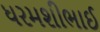
ધરમશીભાઈ